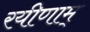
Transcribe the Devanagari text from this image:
रयीणाम्